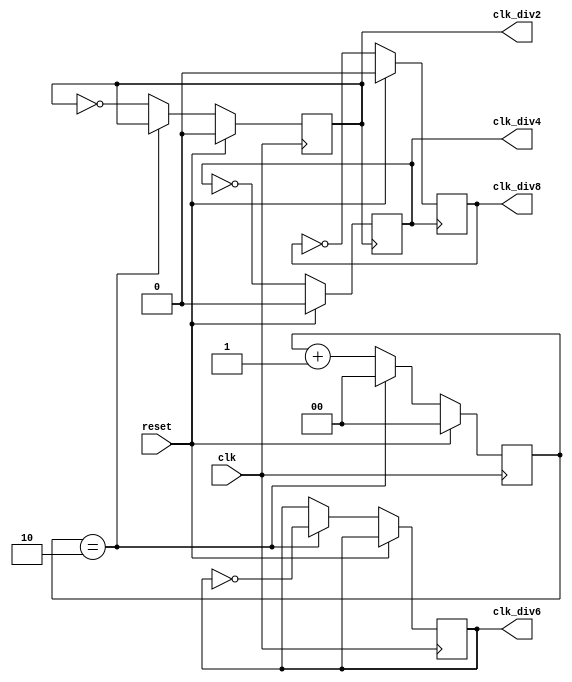
module clk_div_six (
	input 	wire	clk,
	input	wire	reset,
	output	reg	clk_div2,
	output	reg	clk_div4,
	output	reg	clk_div8,
	output	reg	clk_div6
);
initial	clk_div2 = 1'b0;
initial	clk_div4 = 1'b0;
initial	clk_div8 = 1'b0;
initial	clk_div6 = 1'b0;

reg [1:0]	flag = 2'b0;

always @(posedge clk)
if (reset) begin
	clk_div2 <= 1'h0;
	flag = 2'b0;
end 
else if (flag == 2'b10) begin 
	clk_div6 <= ~clk_div6;
	flag = 2'b0;
end
else begin
	clk_div2 <= ~clk_div2; 
	flag = flag + 2'b1;
end

always @(posedge clk_div2)
if (reset) 
	clk_div4 <= 1'h0; 
else begin 
	clk_div4 <= ~clk_div4; 
end

always @(posedge clk_div4)
if (reset) 
	clk_div8 <= 1'h0; 
else begin 
	clk_div8 <= ~clk_div8; 
end

endmodule

`timescale 1ns/100ps
module top();
reg	clk_top;
reg	reset_top;

clk_div_six clk_div_six1(.clk(clk_top), .reset(reset_top));

initial clk_top = 1'b0;
initial reset_top = 1'b0;

always
begin
	#10
	clk_top = ~clk_top;
end

initial 
begin
	#200
	$stop;
end
endmodule